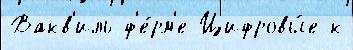
Вакв'иль ф'е́рм'е Цифровы́е к